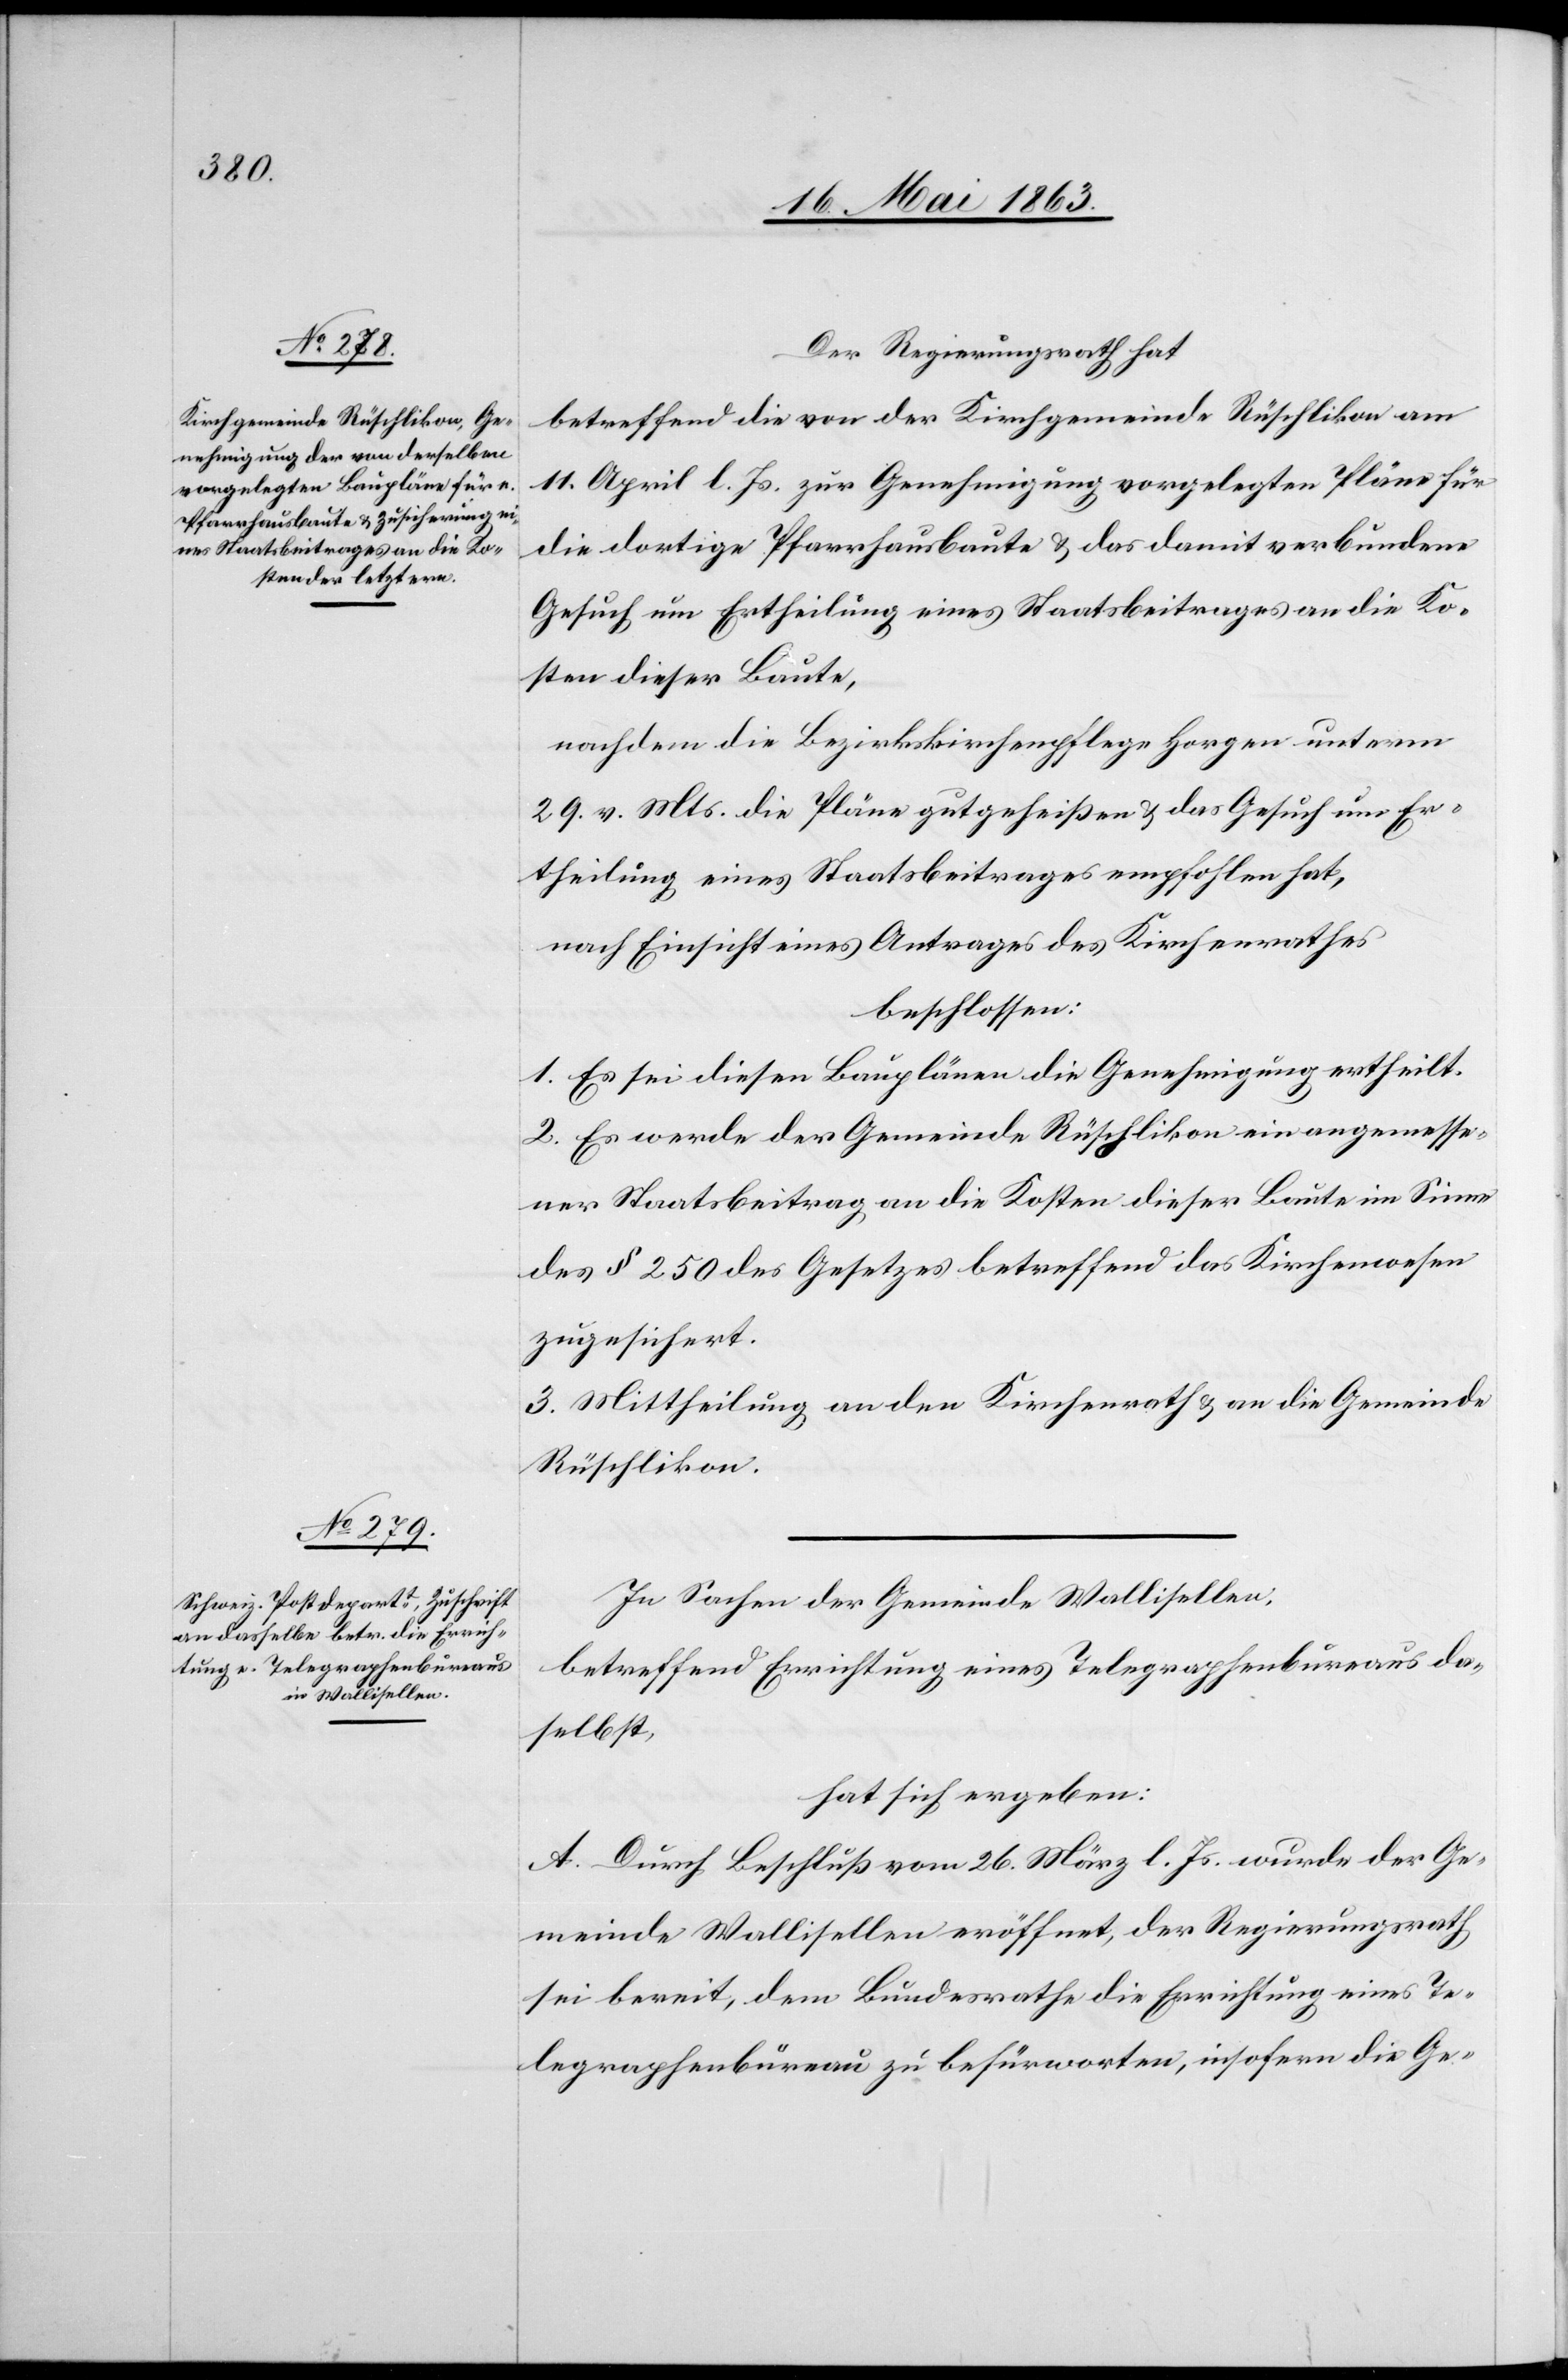
Der Regierungsrath hat
betreffend die von der Kirchgemeinde Rüschlikon am
11. April l. Js. zur Genehmigung vorgelegten Pläne für
die dortige Pfarrhausbaute & das damit verbundene
Gesuch um Ertheilung eines Staatsbeitrages an die Ko¬
sten dieser Baute,
nachdem die Bezirkskirchenpflege Horgen unterm
29. v. Mts. die Pläne gutgeheißen & das Gesuch um Er¬
theilung eines Staatsbeitrages empfohlen hat,
nach Einsicht eines Antrages des Kirchenrathes
beschlossen:
1. Es sei diesen Bauplänen die Genehmigung ertheilt.
2. Es werde der Gemeinde Rüschlikon ein angemesse¬
ner Staatsbeitrag an die Kosten dieser Baute im Sinne
des § 250 des Gesetzes betreffend das Kirchenwesen
zugesichert.
3. Mittheilung an den Kirchenrath & an die Gemeinde
Rüschlikon.
In Sachen der Gemeinde Wallisellen,
betreffend Errichtung eines Telegraphenbureaus da¬
selbst,
hat sich ergeben:
A. Durch Beschluß vom 26. März l. Js. wurde der Ge¬
meinde Wallisellen eröffnet, der Regierungsrath
sei bereit, dem Bundesrathe die Errichtung eines Te¬
legraphenbüreau zu befürworten, insofern die Ge-